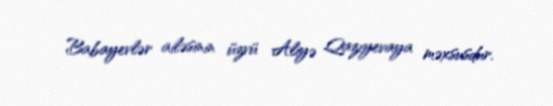
Babayevlər ailəsinin üzvü Aliyə Qazıyevaya məxsusdur.